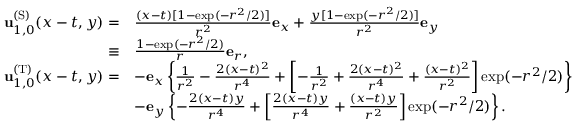
\begin{array} { r l } { \mathbf { u } _ { 1 , 0 } ^ { \mathrm { ( S ) } } ( x - t , y ) = } & { \frac { ( x - t ) [ 1 - \exp ( - r ^ { 2 } / 2 ) ] } { r ^ { 2 } } \mathbf { e } _ { x } + \frac { y [ 1 - \exp ( - r ^ { 2 } / 2 ) ] } { r ^ { 2 } } \mathbf { e } _ { y } } \\ { \equiv } & { \frac { 1 - \exp ( - r ^ { 2 } / 2 ) } { r } \mathbf { e } _ { r } , } \\ { \mathbf { u } _ { 1 , 0 } ^ { \mathrm { ( T ) } } ( x - t , y ) = } & { - \mathbf { e } _ { x } \left\{ \frac { 1 } { r ^ { 2 } } - \frac { 2 ( x - t ) ^ { 2 } } { r ^ { 4 } } + \left[ - \frac { 1 } { r ^ { 2 } } + \frac { 2 ( x - t ) ^ { 2 } } { r ^ { 4 } } + \frac { ( x - t ) ^ { 2 } } { r ^ { 2 } } \right] \exp ( - r ^ { 2 } / 2 ) \right\} } \\ & { - \mathbf { e } _ { y } \left\{ - \frac { 2 ( x - t ) y } { r ^ { 4 } } + \left[ \frac { 2 ( x - t ) y } { r ^ { 4 } } + \frac { ( x - t ) y } { r ^ { 2 } } \right] \exp ( - r ^ { 2 } / 2 ) \right\} . } \end{array}